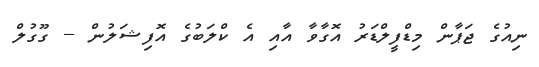
ނިއުގެ ޖަޕާން މިޑްފީލްޑަރު އޮގާވާ އާއި އެ ކްލަބުގެ އޮފިޝަލުން -- ގޫގުލް